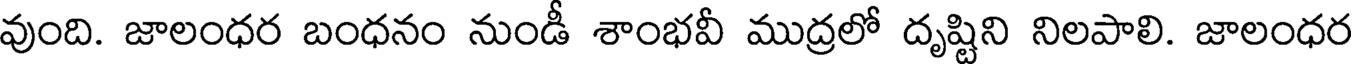
వుంది. జాలంధర బంధనం నుండీ శాంభవీ ముద్రలో దృష్టిని నిలపాలి. జాలంధర